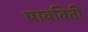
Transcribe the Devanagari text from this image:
पावविती